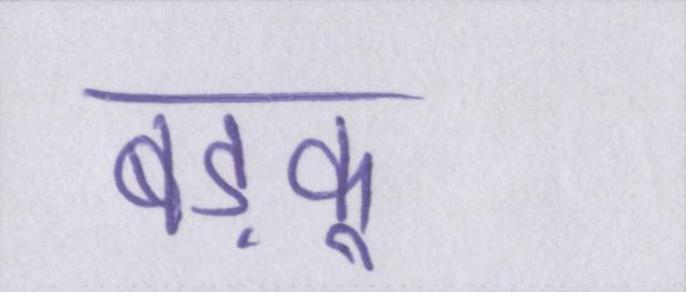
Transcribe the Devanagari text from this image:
बड़कू